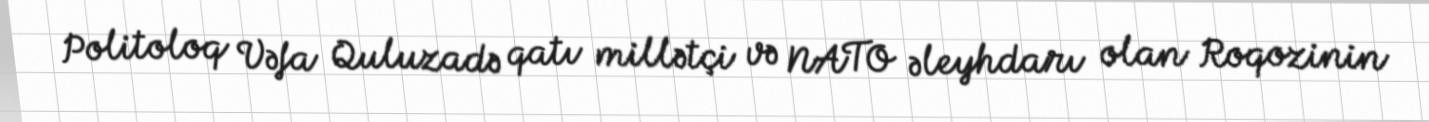
Politoloq Vəfa Quluzadə qatı millətçi və NATO əleyhdarı olan Roqozinin